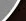
نسمعه